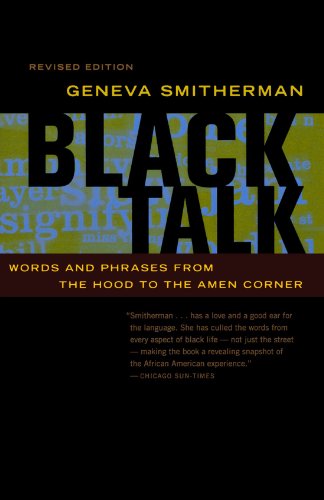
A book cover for Black Talk: Words and Phrases from the Hood to the Amen Corner; Geneva Smitherman; Reference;